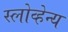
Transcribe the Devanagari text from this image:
स्लोव्हेन्य